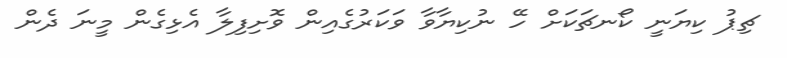
ޗިޕު ކިޔަނީ ކޯނޗަކަށް ހޭ ނުކިޔާވާ ވަކަރުގެއިން ވޮށިފިލާ އެޅިގެން މީނަ ދެން